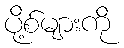
ပို့စ်များကို